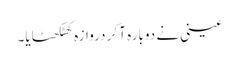
عینی نے دوبارہ آ کر دروازہ کھٹکھٹایا۔